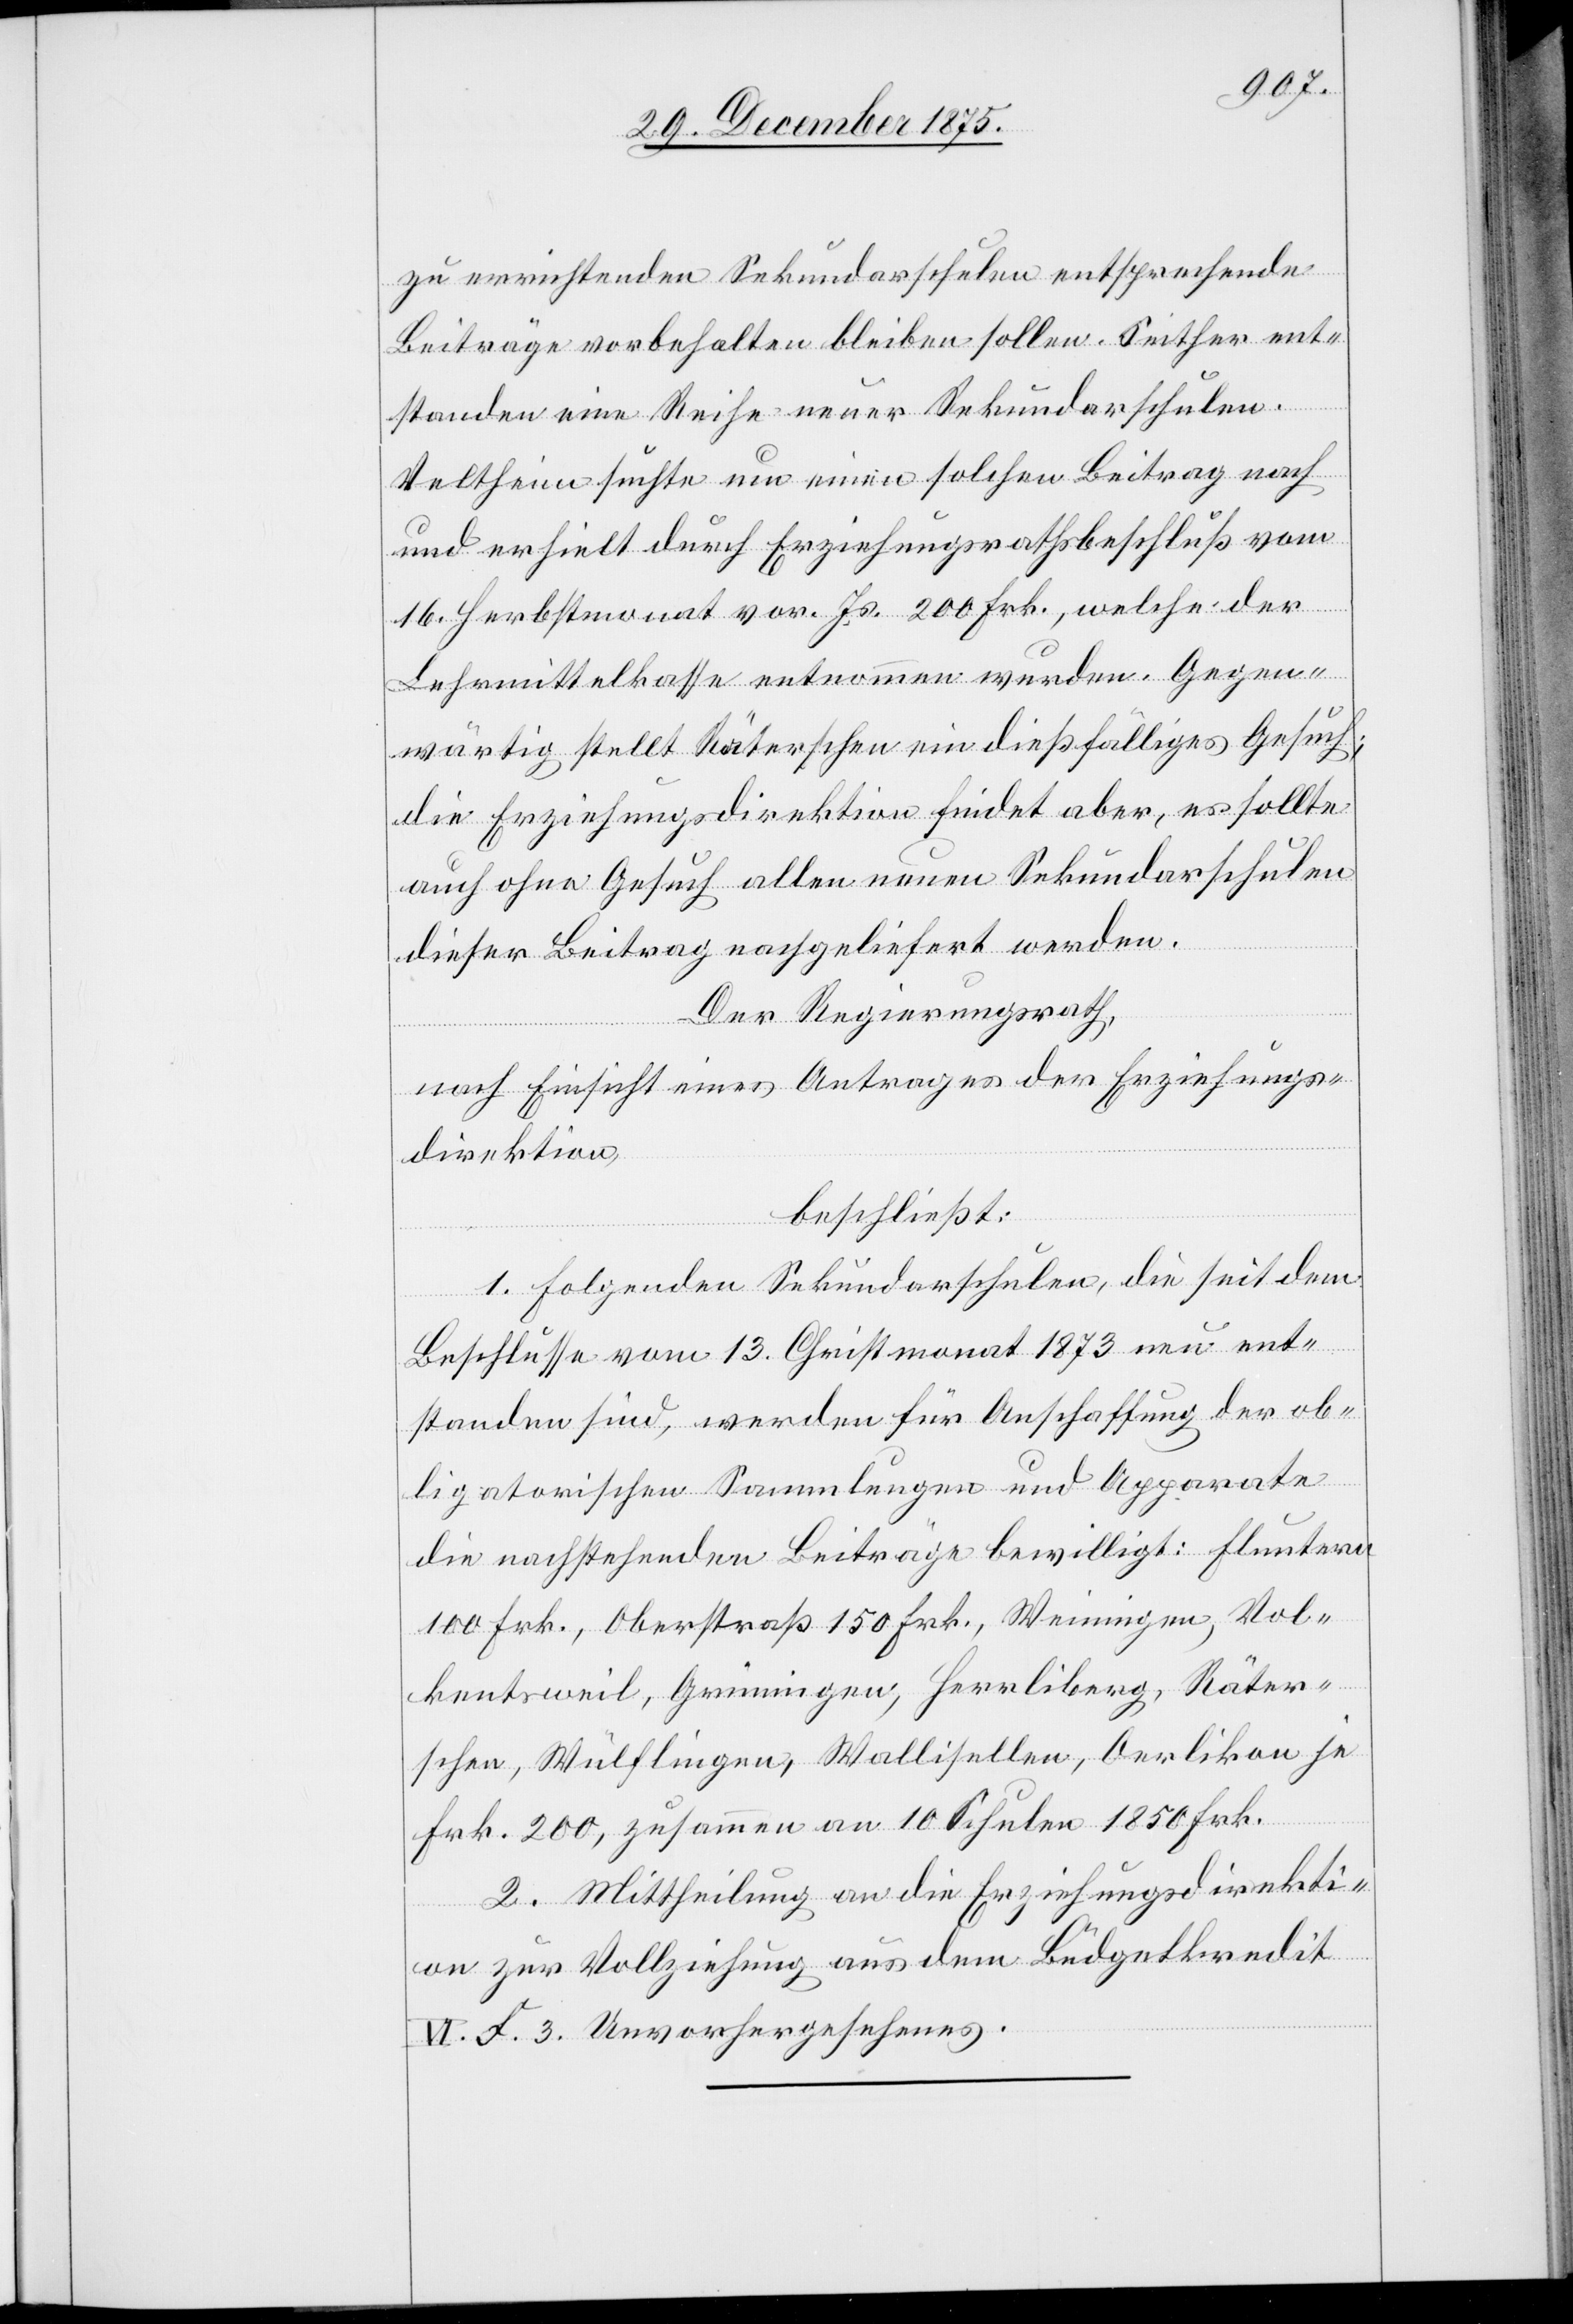
zu errichtenden Sekundarschulen entsprechende
Beiträge vorbehalten bleiben sollen. Seither ent¬
standen eine Reihe neuer Sekundarschulen.
Veltheim suchte um einen solchen Beitrag nach
und erhielt durch Erziehungsrathsbeschluß vom
16. Herbstmonat vor. Js. 200 Fr., welche der
Lehrmittelkasse entnommen wurden. Gegen¬
wärtig stellt Räterschen ein dießfälliges Gesuch;
die Erziehungsdirektion findet aber, es sollte
auch ohne Gesuch allen neuen Sekundarschulen
dieser Beitrag nachgeliefert werden.
Der Regierungsrath,
nach Einsicht eines Antrages der Erziehungs¬
direktion,
beschließt:
1. Folgenden Sekundarschulen, die seit dem
Beschlusse vom 13. Christmonat 1873 neu ent¬
standen sind, werden für Anschaffung der ob¬
ligatorischen Sammlungen und Apparate
die nachstehenden Beiträge bewilligt: Fluntern
100 Frk., Oberstraß 150 Frk., Weiningen, Vol¬
ketsweil, Grüningen, Herrliberg, Räter¬
schen, Wülflingen, Wallisellen, Oerlikon je
Frk. 200, zusammen an 10 Schulen 1850 Frk.
2. Mittheilung an die Erziehungsdirekti¬
on zur Vollziehung aus dem Büdgetkredit
VI. F. 3 Unvorhergesehenes.